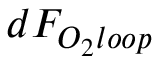
d F _ { O _ { 2 } l o o p }